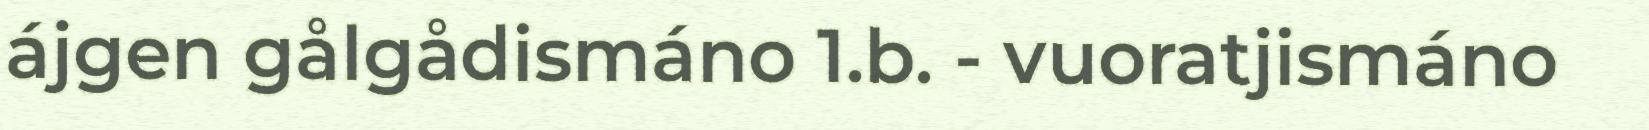
ájgen gålgådismáno 1.b. - vuoratjismáno